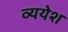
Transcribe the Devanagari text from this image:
व्ययेश